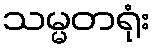
သမ္မတရုံး